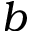
b